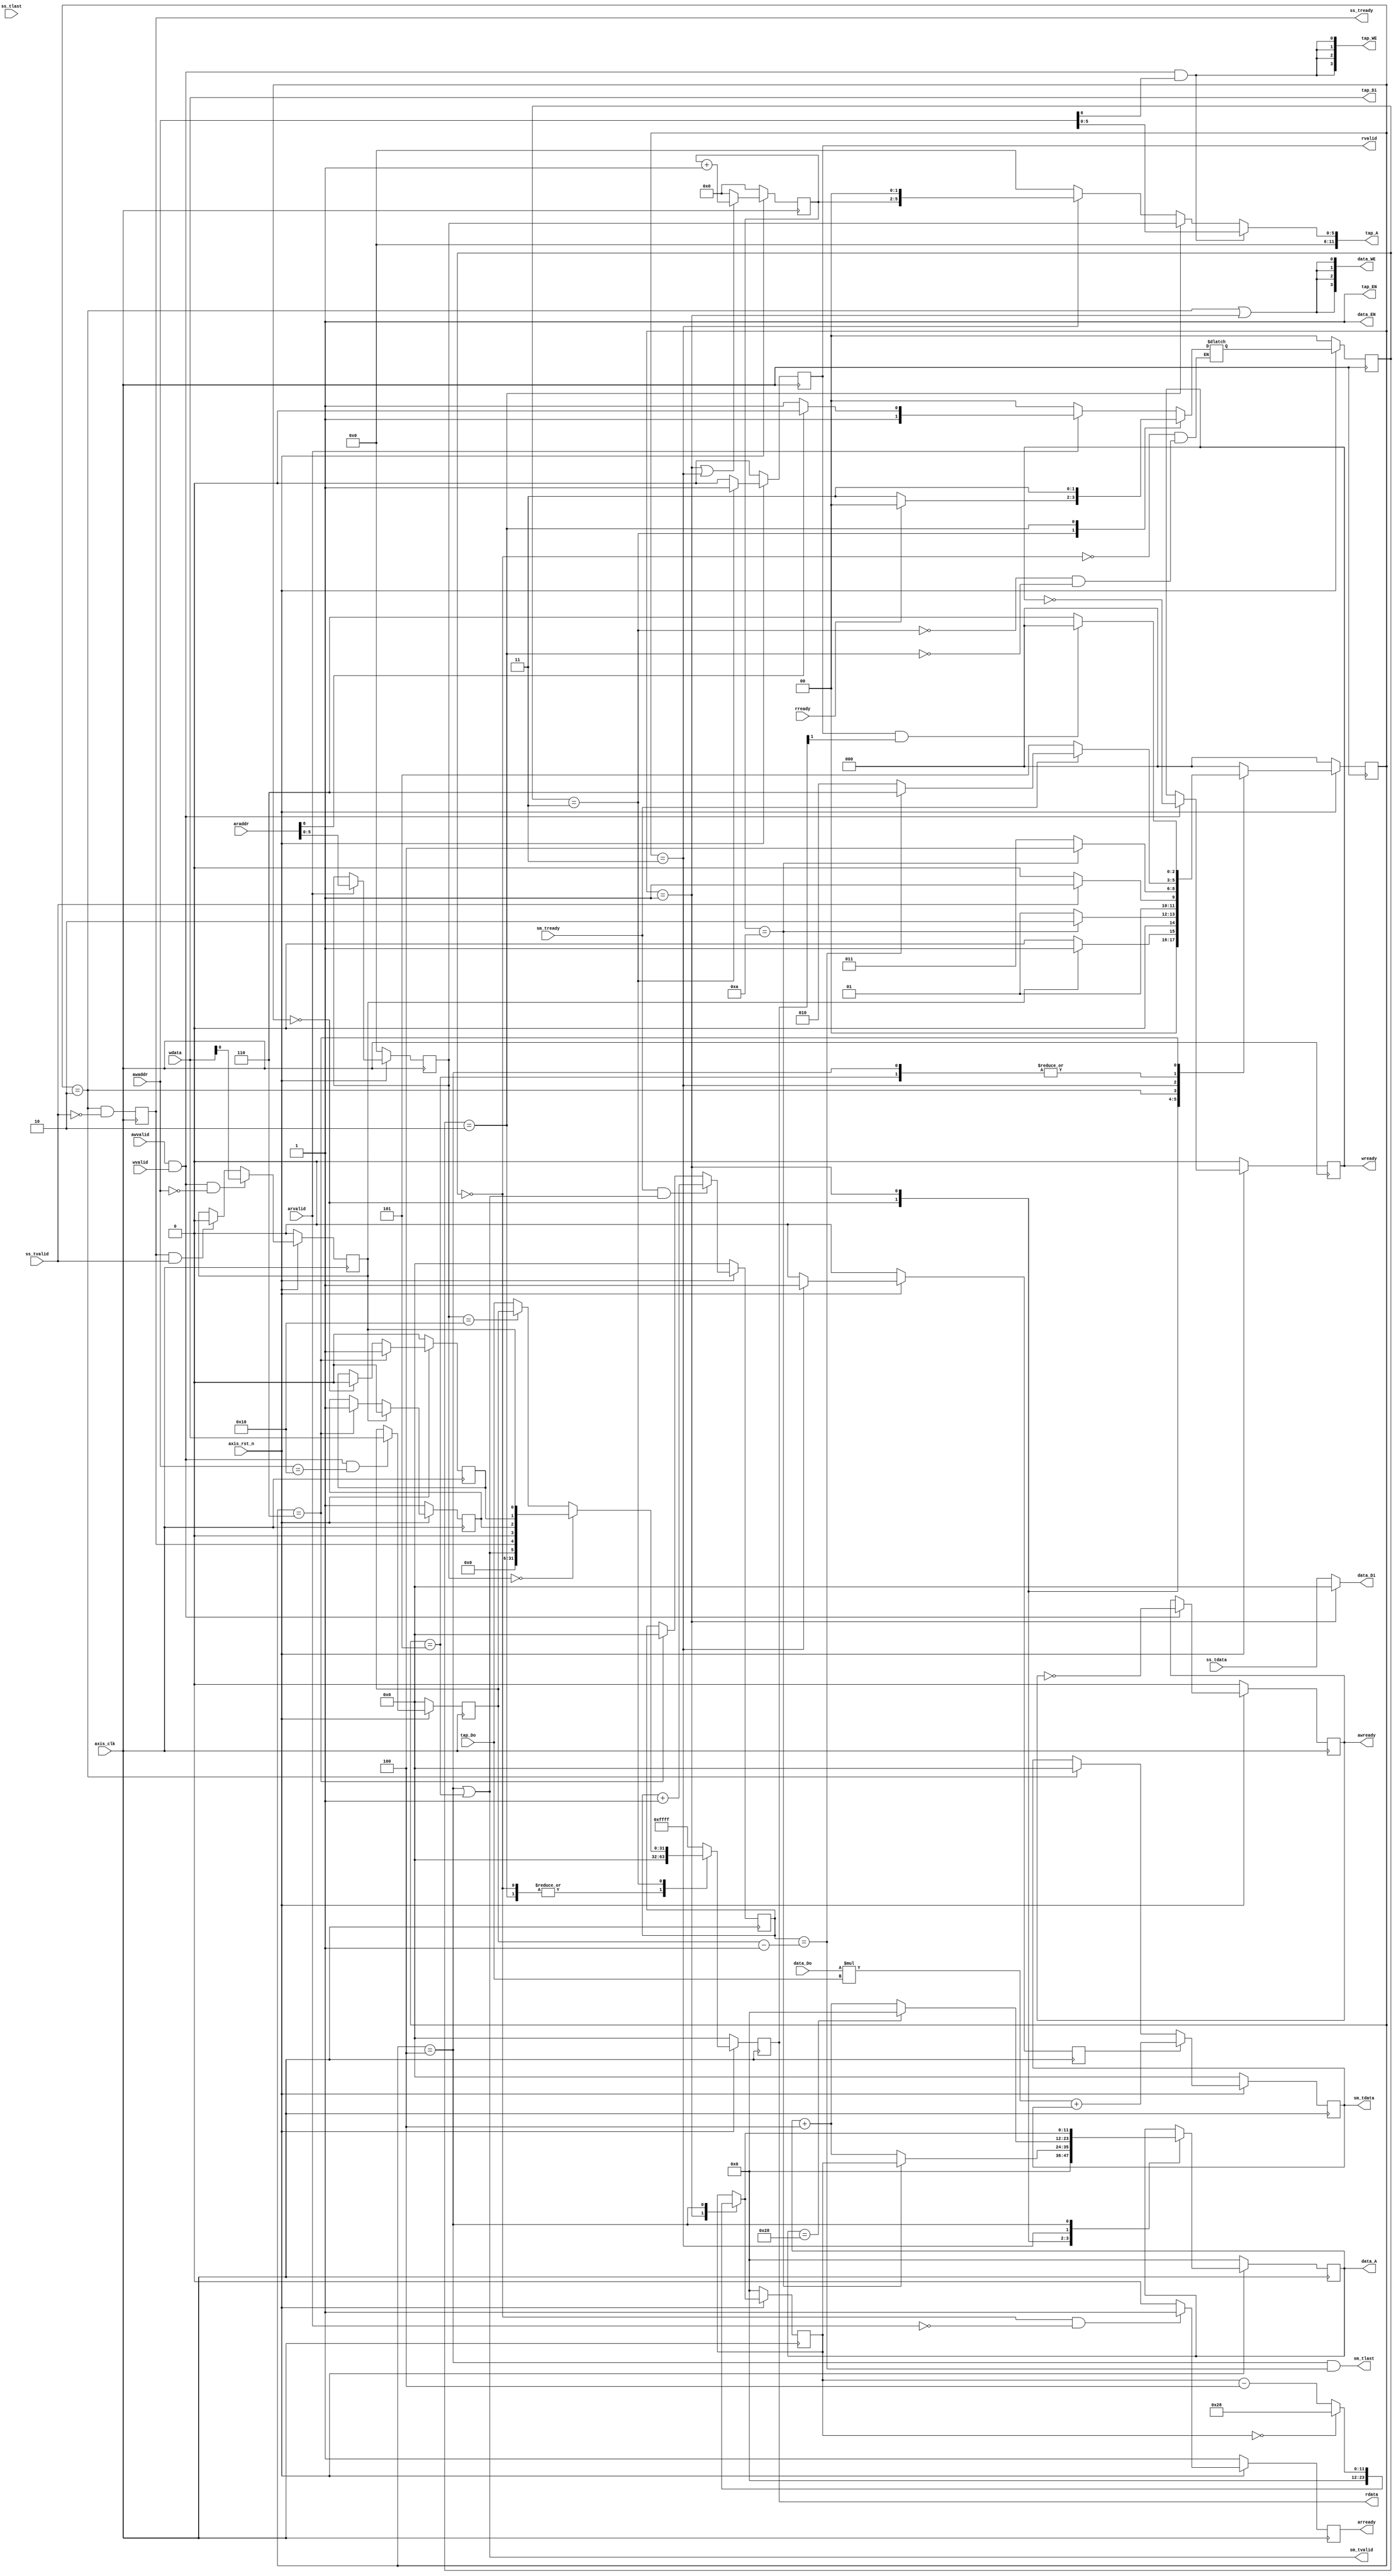
`timescale 1ns / 1ps
module fir 
#(  parameter pADDR_WIDTH = 12,
    parameter pDATA_WIDTH = 32,
    parameter Tape_Num    = 11
)
(
    // axi lite
	// ap_start, ap_done, ap_idle
	// coef
	// len
    output  reg                      awready,
    output  reg                      wready,
    input   wire                     awvalid,
    input   wire [(pADDR_WIDTH-1):0] awaddr,
    input   wire                     wvalid,
    input   wire [(pDATA_WIDTH-1):0] wdata,
    output  reg                      arready,
    input   wire                     rready,
    input   wire                     arvalid,
    input   wire [(pADDR_WIDTH-1):0] araddr,
    output  reg                      rvalid,
    output  reg  [(pDATA_WIDTH-1):0] rdata, 
    
    // axi stream
	// data_in, data_out
    input   wire                     ss_tvalid, 
    input   wire [(pDATA_WIDTH-1):0] ss_tdata, 
    input   wire                     ss_tlast, 
    output  reg                      ss_tready, 
    input   wire                     sm_tready, 
    output  wire                     sm_tvalid, 
    output  wire [(pDATA_WIDTH-1):0] sm_tdata, 
    output  wire                     sm_tlast, 
    
    // bram for tap RAM
    output  wire [3:0]               tap_WE,
    output  wire                     tap_EN,
    output  wire [(pDATA_WIDTH-1):0] tap_Di,
    output  reg  [(pADDR_WIDTH-1):0] tap_A,
    input   wire [(pDATA_WIDTH-1):0] tap_Do,

    // bram for data RAM
    output  wire [3:0]               data_WE,
    output  wire                     data_EN,
    output  wire [(pDATA_WIDTH-1):0] data_Di,
    output  wire [(pADDR_WIDTH-1):0] data_A,
    input   wire [(pDATA_WIDTH-1):0] data_Do,

    input   wire                     axis_clk,
    input   wire                     axis_rst_n
);

	// main FSM
	reg [2:0] current_state;
	reg [2:0] next_state;
	// parameter declaration
	parameter S_IDLE = 'd0;
	// input first 11 data
	parameter S_INIT_SRAM = 'd1;
	// get stream input data
	parameter S_GET_DATA = 'd2;
	// calculate multiply, add and shift sram simultaneously
	parameter S_CAL = 'd3;
	// shift the pointer and stream output result
	parameter S_SHIFT = 'd4;
	parameter S_WAIT = 'd5;
	// reset all counter
	parameter S_WAIT_AP_DONE = 'd6;
	
	reg [31:0] pattern_count;
	// length
	reg [31:0] length;
	// ap_ctrl register
	reg ap_idle; 
	reg ap_done;
	reg ap_start;
	// ap_idle: r/w
	// set to 1 when reset
	// set to 0 when ao_start is sampled
	// set to 1 when process completed and last data is transfered
	always@(posedge axis_clk) begin
		if(!axis_rst_n) begin
			ap_idle <= 1;
		end else if (ap_start) begin
			ap_idle <= 0;
		end else if(current_state == S_WAIT_AP_DONE) begin
			ap_idle <= 1;
		end else begin
			ap_idle <= ap_idle;
		end
	end
	// ap_done: r/w
	// set to 0 when reset
	// set to 0 when ap_done is read
	// set to 1 when process completed and last data is transfered
	always@(posedge axis_clk) begin
		if(!axis_rst_n) begin
			ap_done <= 0;
		end else if(current_state == S_WAIT_AP_DONE)begin
			ap_done <= 1;
		end else if(current_state == S_IDLE)begin
			ap_done <= 0;
		end else begin
			ap_done <= ap_done;
		end
	end
	
	// ap_start: read only
	// set to 1 by testbench means start proggram
	// set to 0 when 1 is observed
	always@(posedge axis_clk) begin
		if(!axis_rst_n) begin
			ap_start <= 0;
		end else begin
			if(awvalid && wvalid && awaddr == 12'h00)
				ap_start <= wdata[0];
			else if(ss_tready && ss_tvalid)
				ap_start <= 0;
			else
				ap_start <= ap_start;
		end
	end
	
	// length parameter
	always@(posedge axis_clk) begin
		if(!axis_rst_n) begin
			length <= 0;
		end else begin
			if(awvalid && wvalid && awaddr == 12'h10)
				length <= wdata;
			else
				length <= length;
		end
	end
	
	//------------------------------------------------------------AXI Lite Read--------------------------------------------------------
    // read channel
	parameter AXI_READ_IDLE = 2'd0;
	parameter AXI_READ_REG = 2'd1;
	parameter AXI_READ_SRAM = 2'd2;
	parameter AXI_READ_OUT = 2'd3;
	
	reg [1:0] axi_current_state;
	reg [1:0] axi_next_state;
	
	reg [5:0] save_araddr;
	
	// save araddr
	always@(posedge axis_clk) begin
		if(!axis_rst_n) begin
			save_araddr <= 0;
		end else begin
			if(arvalid)
				save_araddr <= araddr;
			else
				save_araddr <= save_araddr;
		end
	end
	
	// FSM
	always@(posedge axis_clk) begin
		if(!axis_rst_n) begin
			axi_current_state <= AXI_READ_IDLE;
		end else begin
			axi_current_state <= axi_next_state;
		end
	end
	
	always@(*) begin
		case(axi_current_state)
		AXI_READ_IDLE:
			if(arvalid)
				if(araddr[6])
					axi_next_state = AXI_READ_SRAM;
				else
					axi_next_state = AXI_READ_OUT;
			else
				axi_next_state = AXI_READ_IDLE;
		AXI_READ_OUT:
			if(rready)
				axi_next_state = AXI_READ_IDLE;
			else
				axi_next_state = AXI_READ_OUT;
		AXI_READ_SRAM:
			axi_next_state = AXI_READ_OUT;
		endcase
	end
	
	always@(posedge axis_clk) begin
		if(!axis_rst_n) begin
			arready <= 1;
		end else begin
			if(axi_current_state == AXI_READ_IDLE && !arvalid)
				arready <= 1;
			else
				arready <= 0;
		end
	end
	
	always@(posedge axis_clk) begin
		if(!axis_rst_n) begin
			rvalid <= 0;
		end else begin
			if (axi_current_state == AXI_READ_OUT)
				rvalid <= 1;
			else
				rvalid <= 0;
		end
	end
	
	reg [(pDATA_WIDTH-1):0] next_rdata;
	always@(*) begin
		case(axi_current_state)
		AXI_READ_IDLE: next_rdata = 0;
		AXI_READ_SRAM: next_rdata = 0;
		AXI_READ_OUT:
			if(save_araddr == 'h00)
				next_rdata = {26'd0,sm_tvalid,ss_tready,1'd0,ap_idle,ap_done,ap_start};
			else if(save_araddr == 'h10)
				next_rdata = length;
			else
				next_rdata = tap_Do;
		default: next_rdata = 32'hFFFF;
		endcase
	end
	
	always@(posedge axis_clk) begin
		if(!axis_rst_n) begin
			rdata <= 0;
		end else begin
			rdata <= next_rdata;
		end
	end
	
	//---------------------------------------------------------------Main Process FSM-----------------------------------------------------------

	// counter
	reg [3:0] counter;
	reg [3:0] next_counter;
	// shift sram pointer
	// current data pointer
	reg [(pADDR_WIDTH-1):0] data_address_pointer;
	reg [(pADDR_WIDTH-1):0] data_address_saver;
	// save the first position pointer
	reg [(pADDR_WIDTH-1):0] next_data_address_pointer;
	reg [(pADDR_WIDTH-1):0] next_data_address_saver;
	// sram valid flag
	reg sram_valid_flag;
	
	always@(posedge axis_clk) begin
		if(!axis_rst_n) begin
			sram_valid_flag <= 0;
		end else if(current_state == S_CAL) begin
			sram_valid_flag <= 1;
		end else begin
			sram_valid_flag <= 0;
		end
	end
	
	always@(posedge axis_clk) begin
		if(!axis_rst_n) begin
			counter <= 0;
		end else begin
			counter <= next_counter;
		end
	end
	
	always@(*) begin
		if(current_state == S_INIT_SRAM || current_state == S_CAL)
			next_counter = counter + 1;
		else
			next_counter = 0;
	end
	
	always@(posedge axis_clk) begin
		if(!axis_rst_n) begin
			pattern_count <= 0;
		end else if(sm_tready && sm_tvalid) begin
			pattern_count <= pattern_count + 1;
		end else if(current_state == S_WAIT_AP_DONE) begin
			pattern_count <= 0;
		end else begin
			pattern_count <= pattern_count;
		end
	end
	
	always@(posedge axis_clk) begin
		if(!axis_rst_n) begin
			data_address_pointer <= 0;
		end else begin
			data_address_pointer <= next_data_address_pointer;
		end
	end
	
	always@(posedge axis_clk) begin
		if(!axis_rst_n) begin
			data_address_saver <= 0;
		end else begin
			data_address_saver <= next_data_address_saver;
		end
	end
	
	always@(*) begin
	case(current_state)
	S_IDLE: next_data_address_pointer = 0;
	S_INIT_SRAM:
		if(counter == 'd10)
			next_data_address_pointer = data_address_saver;
		else
			next_data_address_pointer = data_address_pointer + 4;
	S_CAL: 
		if(data_address_pointer == 'd40)
			next_data_address_pointer = 0;
		else
			next_data_address_pointer = data_address_pointer + 4;
	S_SHIFT: next_data_address_pointer = next_data_address_saver;
	default: next_data_address_pointer = data_address_pointer;
	endcase
	end
	
	always@(*) begin
	case(current_state)
	S_INIT_SRAM: next_data_address_saver = 0;
	S_SHIFT:
		if(data_address_saver == 'd0)
			next_data_address_saver = 'd40;
		else
			next_data_address_saver = data_address_saver - 4;
	default: next_data_address_saver = data_address_saver;
	endcase
	end
	
	
	always@(posedge axis_clk) begin
		if(!axis_rst_n) begin
			current_state <= S_IDLE;
		end else begin
			current_state <= next_state;
		end
	end
	
	always@(*) begin
	case(current_state)
	S_IDLE:
		if(ap_start)
			next_state = S_INIT_SRAM;
		else
			next_state = S_IDLE;
	S_INIT_SRAM:
		if(counter == 'd10)
			next_state = S_GET_DATA;
		else
			next_state = S_INIT_SRAM;
	S_GET_DATA: 
		if(ss_tvalid)
			next_state = S_CAL;
		else
			next_state = S_GET_DATA;
	S_CAL: 
		if(counter == 'd10)
			next_state = S_SHIFT;
		else
			next_state = S_CAL;
	S_SHIFT: 
		if(sm_tready)
			if(pattern_count == length-1)
				next_state = S_WAIT_AP_DONE;
			else
				next_state = S_GET_DATA;
		else
			next_state = S_WAIT;
	S_WAIT: if(sm_tready)
				if(pattern_count == length-1)
					next_state = S_WAIT_AP_DONE;
				else
					next_state = S_GET_DATA;
			else
				next_state = S_WAIT;
	S_WAIT_AP_DONE:
		if(rvalid && rdata[1])
			next_state = S_IDLE;
		else
			next_state = S_WAIT_AP_DONE;
	default: next_state = S_IDLE;
	endcase
	end
	
	reg signed [(pDATA_WIDTH-1):0] cal_result;
	always@(posedge axis_clk) begin
		if(!axis_rst_n) begin
			cal_result <= 0;
		end else if(sram_valid_flag) begin
			cal_result <= ( $signed(data_Do) * $signed(tap_Do) ) + $signed(cal_result);
		end else if(current_state == S_GET_DATA) begin
			cal_result <= 0;
		end else begin
			cal_result <= cal_result;
		end
	end
	
	//------------------------------------------------------------AXI Lite Write--------------------------------------------------------
	always@(posedge axis_clk) begin
		if(!axis_rst_n) begin
			awready <= 0;
		end else if(wvalid && awvalid) begin
			awready <= !awready;
		end else begin
			awready <= awready;
		end
	end
	always@(posedge axis_clk) begin
		if(!axis_rst_n) begin
			wready <= 0;
		end else if(wvalid && awvalid) begin
			wready <= !wready;
		end else begin
			wready <= wready;
		end
	end

	//---------------------------------------------------------------Tap SRAM-----------------------------------------------------------
	assign tap_WE = {4{(awvalid && wvalid && awaddr[6])}};
	assign tap_EN = 1;
	assign tap_Di = wdata;
    always@(*) begin
		if(awvalid && wvalid && awaddr[6])
			tap_A = awaddr[5:0];
		else if(axi_current_state == AXI_READ_SRAM)
			tap_A = save_araddr;
		else if(current_state == S_CAL) begin
			tap_A = counter << 2;
		end else
			tap_A = 0;
	end
		
	//---------------------------------------------------------------Data SRAM-----------------------------------------------------------
	assign data_WE = {4{current_state == S_GET_DATA || current_state == S_INIT_SRAM}};
	assign data_EN = 1;
	assign data_Di= (current_state == S_INIT_SRAM) ? 0 : ss_tdata;
	assign data_A = data_address_pointer;
	
	//---------------------------------------------------------------AXI stream-----------------------------------------------------------
	always@ (posedge axis_clk) begin
		ss_tready <= current_state == S_GET_DATA && !ss_tvalid;
	end
	
	assign sm_tvalid = current_state == S_SHIFT || current_state == S_WAIT;
	assign sm_tlast = current_state == S_SHIFT && pattern_count == length-1;
	assign sm_tdata = cal_result;
	

endmodule